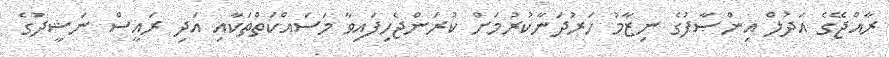
ރާއްޖޭގެ އަދުލް އިންޞާފުގެ ނިޒާމު ހަރުދަނާކުރުމަށް ކުރަންޖެހިފައިވާ މަސައްކަތްތަކާއި އަދި ރައީސް ނަޝީދުގެ